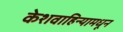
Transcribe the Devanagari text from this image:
केशवाहिन्यामधून